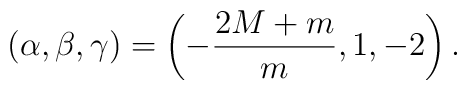
(\alpha,\beta,\gamma)= \left(-\frac{2M+m}{m}, 1, -2\right).